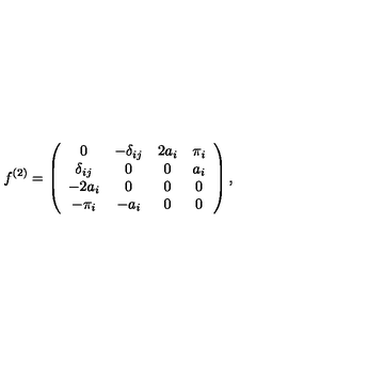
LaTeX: f ^ { ( 2 ) } = \left( \begin{array} { c c c c } { 0 } & { - \delta _ { i j } } & { 2 a _ { i } } & { \pi _ { i } } \\ { \delta _ { i j } } & { 0 } & { 0 } & { a _ { i } } \\ { - 2 a _ { i } } & { 0 } & { 0 } & { 0 } \\ { - \pi _ { i } } & { - a _ { i } } & { 0 } & { 0 } \\ \end{array} \right) ,